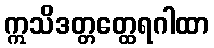
ဣသိဒတ္တတ္ထေရဂါထာ